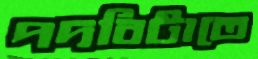
পদবিটাতে